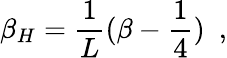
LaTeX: \beta_{H}={\frac{1}{L}}(\beta-{\frac{1}{4}})~~,